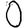
Digit: 0